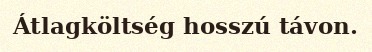
Átlagköltség hosszú távon.